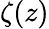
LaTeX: \zeta(z)